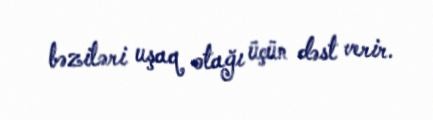
bəziləri uşaq otağı üçün dəst verir.